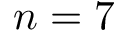
n = 7